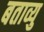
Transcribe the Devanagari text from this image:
बताव्यु